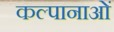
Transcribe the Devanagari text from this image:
कल्पानाओं